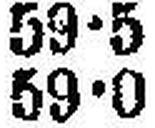
59•0